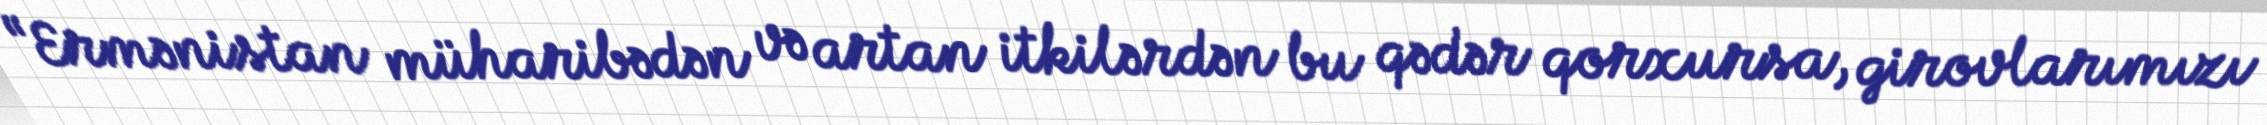
“Ermənistan müharibədən və artan itkilərdən bu qədər qorxursa, girovlarımızı